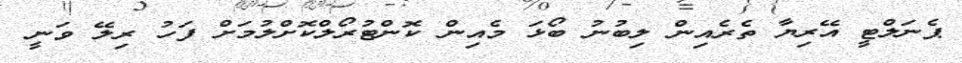
ޕެނަލްޓީ އޭރިޔާ ތެރެއިން ލިބުނު ބޯޅަ މެއިން ކޮންޓުރޯލްކޮށްލުމަށް ފަހު ރިލޭ ވަނީ